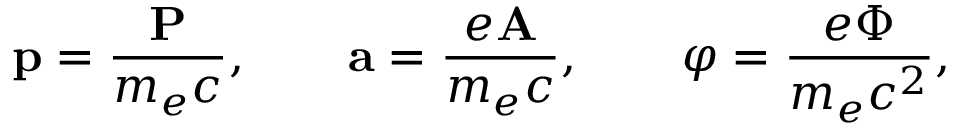
{ \bf p } = { \frac { \bf P } { m _ { e } c } } , \qquad { \bf a } = { \frac { e \bf A } { m _ { e } c } } , \qquad \varphi = { \frac { e \Phi } { m _ { e } c ^ { 2 } } } ,